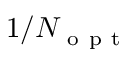
1 / N _ { \mathrm { ~ o ~ p ~ t ~ } }